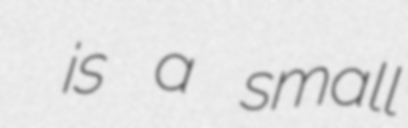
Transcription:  is a small